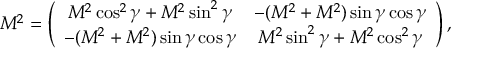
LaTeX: { \cal M } ^ { 2 } = \left( \begin{array} { c c } { { M ^ { 2 } \cos ^ { 2 } \gamma + M ^ { 2 } \sin ^ { 2 } \gamma } } & { { - ( M ^ { 2 } + M ^ { 2 } ) \sin \gamma \cos \gamma } } \\ { { - ( M ^ { 2 } + M ^ { 2 } ) \sin \gamma \cos \gamma } } & { { M ^ { 2 } \sin ^ { 2 } \gamma + M ^ { 2 } \cos ^ { 2 } \gamma } } \end{array} \right) ,